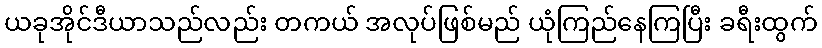
ယခုအိုင်ဒီယာသည်လည်း တကယ် အလုပ်ဖြစ်မည် ယုံကြည်နေကြပြီး ခရီးထွက်